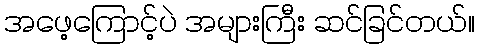
အဖေ့ကြောင့်ပဲ အများကြီး ဆင်ခြင်တယ်။